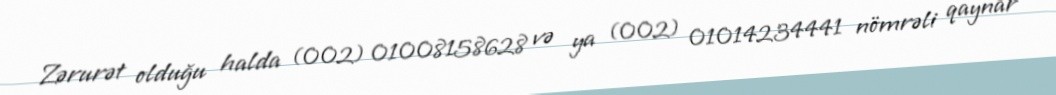
Zərurət olduğu halda (002) 01008158628 və ya (002) 01014234441 nömrəli qaynar